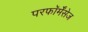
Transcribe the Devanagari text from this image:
परफॉर्मेंसेज